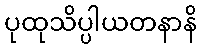
ပုထုသိပ္ပါယတနာနိ